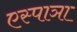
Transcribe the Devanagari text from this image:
एस्पाञा